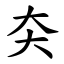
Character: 㚐